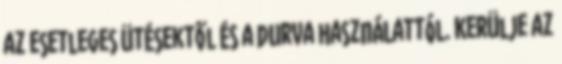
az esetleges ütésektől és a durva használattól. Kerülje az